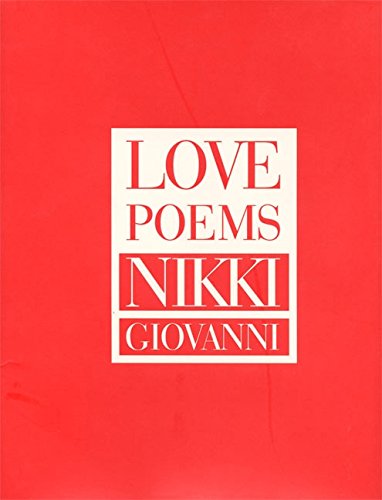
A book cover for Love Poems; Nikki Giovanni; Literature & Fiction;